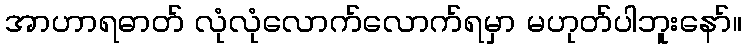
အာဟာရဓာတ် လုံလုံလောက်လောက်ရမှာ မဟုတ်ပါဘူးနော်။